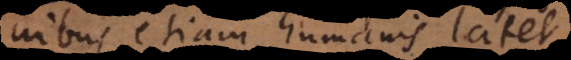
bus etiam humanis latet,